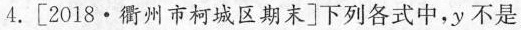
4.[2018·衢州市柯城区期末] 下列各式中，y不是x的函数的是 （ ）